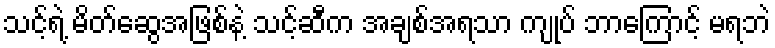
သင့်ရဲ့ မိတ်ဆွေအဖြစ်နဲ့ သင့်ဆီက အချစ်အရသာ ကျုပ် ဘာကြောင့် မရဘဲ